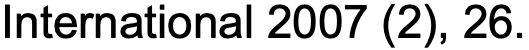
International 2007 (2), 26.